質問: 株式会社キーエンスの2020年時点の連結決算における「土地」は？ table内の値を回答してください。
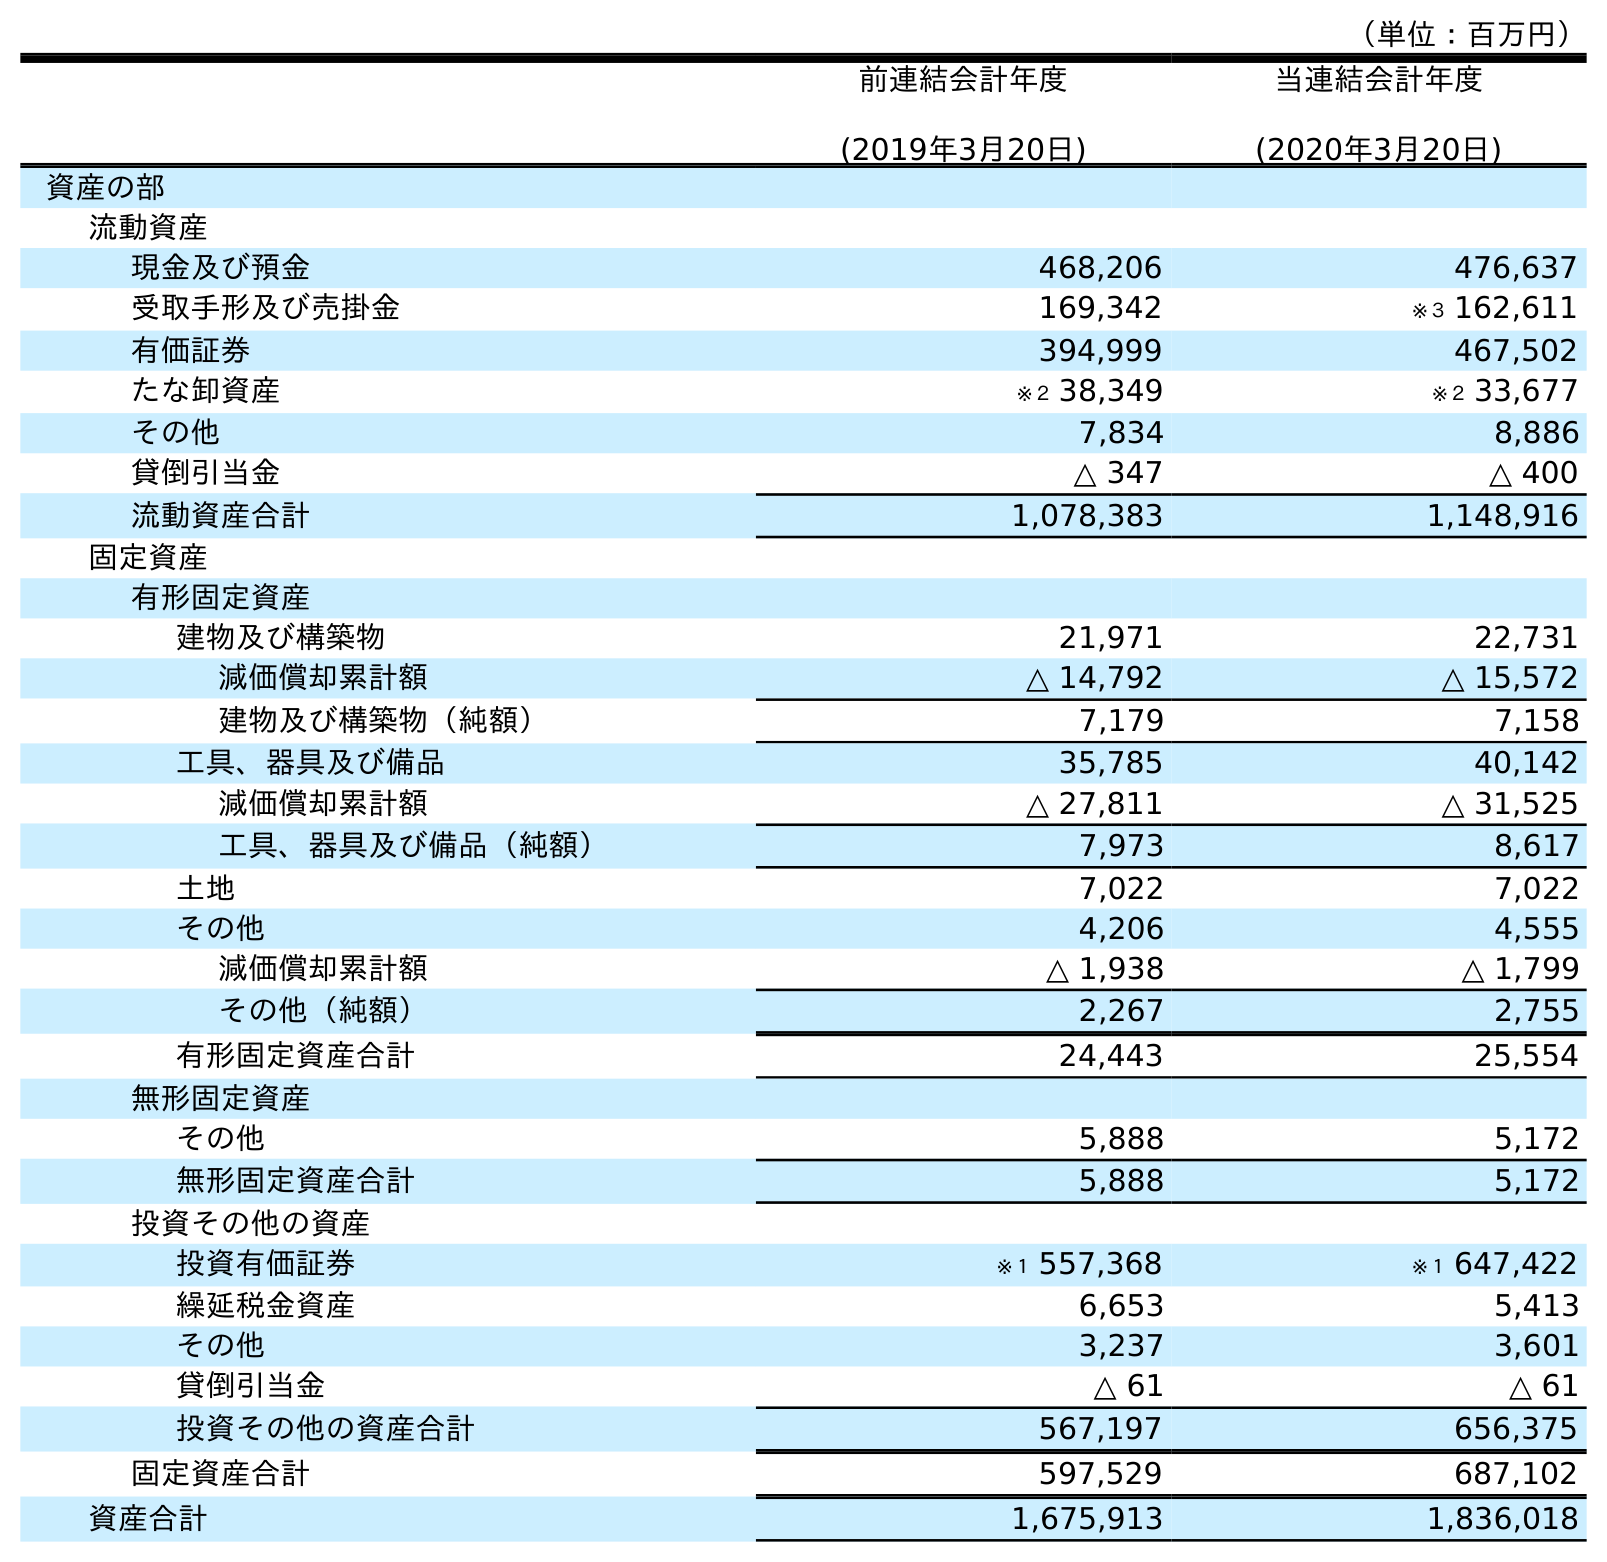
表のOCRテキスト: （単位：百万円） 前連結会計年度 (2019年3月20日) 当連結会計年度 (2020年3月20日) 資産の部 流動資産 現金及び預金 468,206 476,637 受取手形及び売掛金 169,342 ※３ 162,611 有価証券 394,999 467,502 たな卸資産 ※２ 38,349 ※２ 33,677 その他 7,834 8,886 貸倒引当金 △ 347 △ 400 流動資産合計 1,078,383 1,148,916 固定資産 有形固定資産 建物及び構築物 21,971 22,731 減価償却累計額 △ 14,792 △ 15,572 建物及び構築物（純額） 7,179 7,158 工具、器具及び備品 35,785 40,142 減価償却累計額 △ 27,811 △ 31,525 工具、器具及び備品（純額） 7,973 8,617 土地 7,022 7,022 その他 4,206 4,555 減価償却累計額 △ 1,938 △ 1,799 その他（純額） 2,267 2,755 有形固定資産合計 24,443 25,554 無形固定資産 その他 5,888 5,172 無形固定資産合計 5,888 5,172 投資その他の資産 投資有価証券 ※１ 557,368 ※１ 647,422 繰延税金資産 6,653 5,413 その他 3,237 3,601 貸倒引当金 △ 61 △ 61 投資その他の資産合計 567,197 656,375 固定資産合計 597,529 687,102 資産合計 1,675,913 1,836,018
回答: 7,022